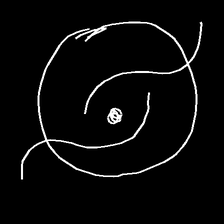
Glyph: repetition